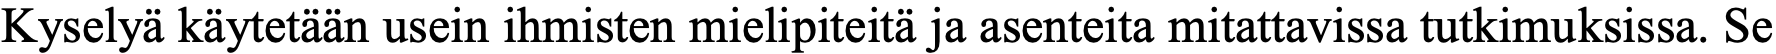
Kyselyä käytetään usein ihmisten mielipiteitä ja asenteita mitattavissa tutkimuksissa. Se